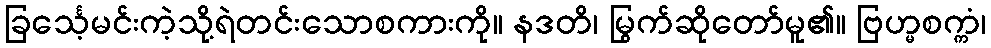
ခြင်္သေ့မင်းကဲ့သို့ရဲတင်းသောစကားကို။ နဒတိ၊ မြွက်ဆိုတော်မူ၏။ ဗြဟ္မစက္ကံ၊